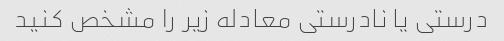
درستی یا نادرستی معادله زیر را مشخص کنید